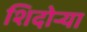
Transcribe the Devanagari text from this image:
शिदोऱ्या